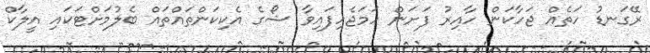
ރޭގަނޑު ހަތެއް ޖަހާކަން ހާއިރު ފަށަން ހަމަޖެހިފައިވާ ޝޯގެ އެކިކަންތައްތައް ބެލުމަށްޓަކައި އީލާކް